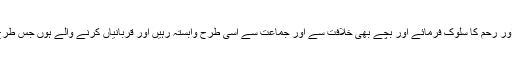
ان کے ساتھ مغفرت اور رحم کا سلوک فرمائے اور بچے بھی خلافت سے اور جماعت سے اسی طرح وابستہ رہیں اور قربانیاں کرنے والے ہوں جس طرح یہ خود کرتی رہیں۔